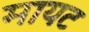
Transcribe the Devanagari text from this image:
मायट